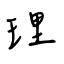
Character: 理